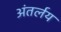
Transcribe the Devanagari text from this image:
अंतर्लय